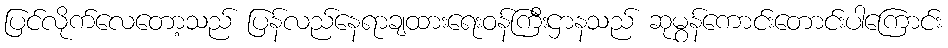
ပြင်လိုက်လေတော့သည် ပြန်လည်နေရာချထားရေးဝန်ကြီးဌာနသည် ဆုမွန်ကောင်းတောင်းပါကြောင်း